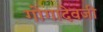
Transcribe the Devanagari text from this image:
गोगादेवजी